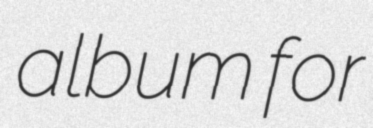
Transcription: album for